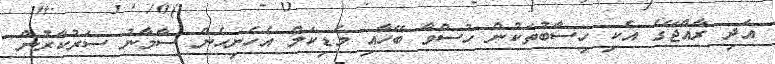
އަދި ރާއްޖޭގެ އެކި ހިސާބުތަކުން ހުސްވާ ބޭހާއި މެޑިކަލް އެހެނިހެން ސާމާނު ސަރުކާރުން